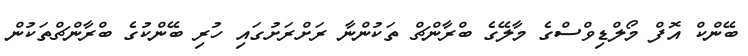
ބޭންކް އޮފް މޯލްޑިވްސްގެ މާލޭގެ ބްރާންޗް ތަކުންނާ ރަށްރަށުގައި ހުރި ބޭންކުގެ ބްރާންޗްތަކުން